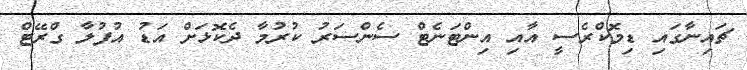
ޗައިނާގައި ޑިމޮކްރެސީ އާއި އިންޓަނެޓް ސެންސަރު ކުރުމާ ދެކޮޅަށް އަޑު އުފުލާ ގްރޭޓް